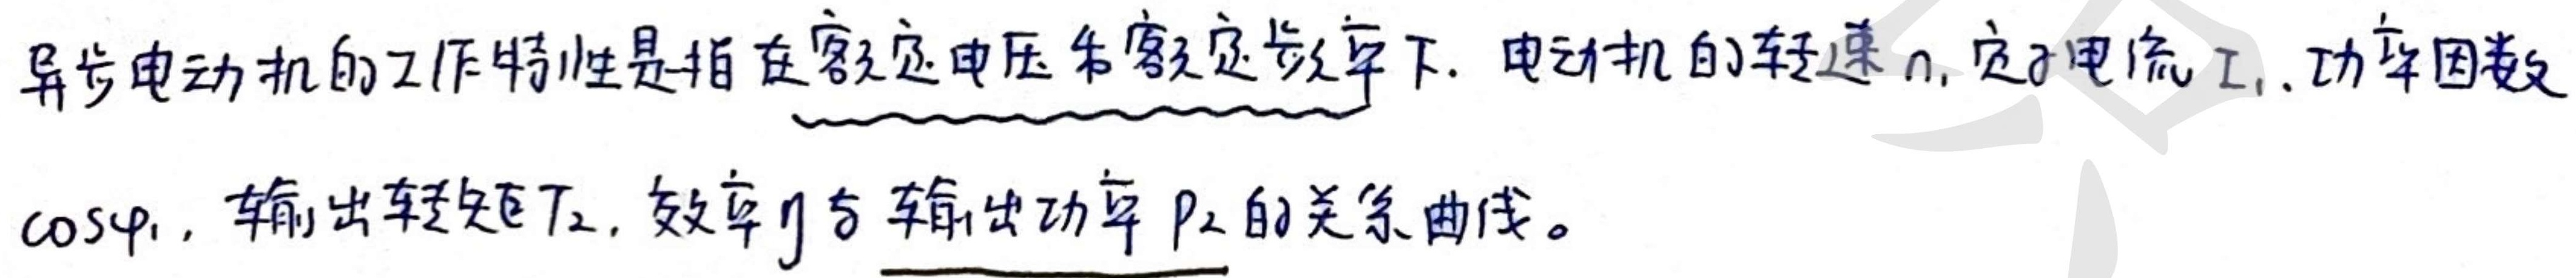
异步电动机的工作特性是指在额定电压和额定频率下. 电动机的转速 $n$, 定子电流 $I_1$, 功率因数 $\cos\varphi_1$, 输出转矩 $T_2$, 效率 $\eta$ 与输出功率 $P_2$ 的关系曲线。